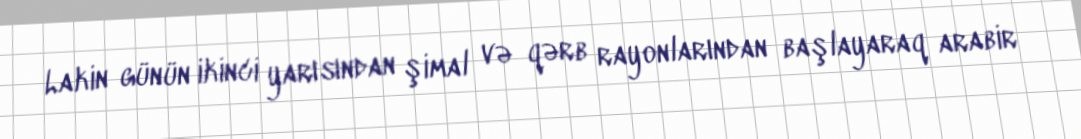
Lakin günün ikinci yarısından şimal və qərb rayonlarından başlayaraq arabir